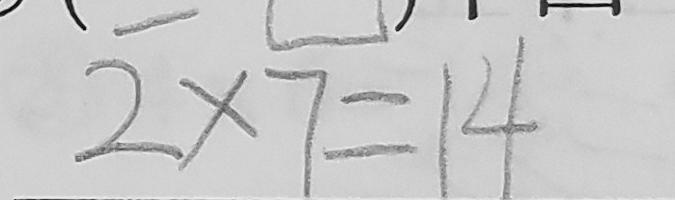
2 \times 7 = 1 4